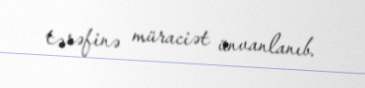
tərəfinə müraciət ünvanlanıb.